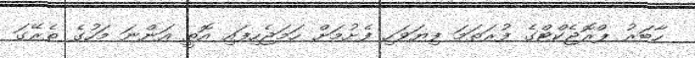
ހާބަރު ޕްރޮޖެކްޓްގެ ފުރަތަމަ ފިޔަވަހި ފެށުމަށް ހަމަޖެހިފައި އޮތީ އަންނަ މަހުގެ ތެރޭގަ